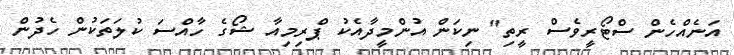
އަނެއްހެން ސްޓޯރީވެސް ރީތި" ނިކަން އުންމީދާއެކު ޕްރިމިއާ ޝޯގެ ހާއްސަ ކުލަތަކުން ހެދުން